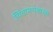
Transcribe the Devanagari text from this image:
चिंतामणशास्त्री